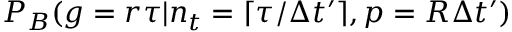
P _ { B } ( g = r \tau | n _ { t } = \lceil \tau / \Delta t ^ { \prime } \rceil , p = R \Delta t ^ { \prime } )